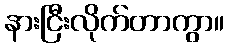
နားငြီးလိုက်တာကွာ။